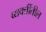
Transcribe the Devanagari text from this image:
व्यक्तींतील